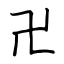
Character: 卍